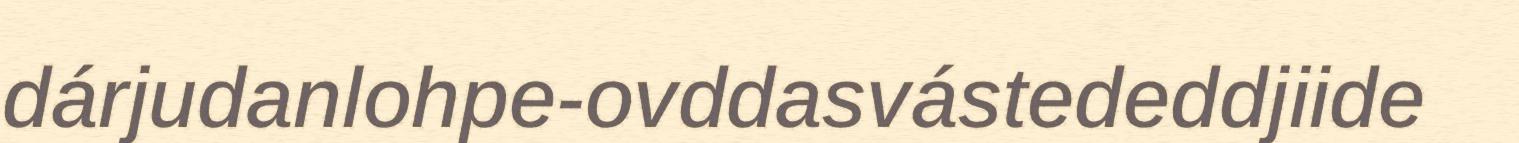
dárjudanlohpe-ovddasvástededdjiide